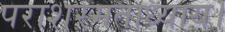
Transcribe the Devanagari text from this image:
पराशरमताध्याय।